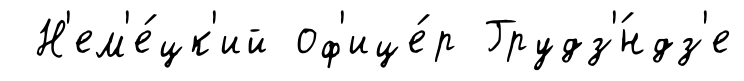
Н'ем'е́цк'ий оф'ице́р Грудз'́ндз'е